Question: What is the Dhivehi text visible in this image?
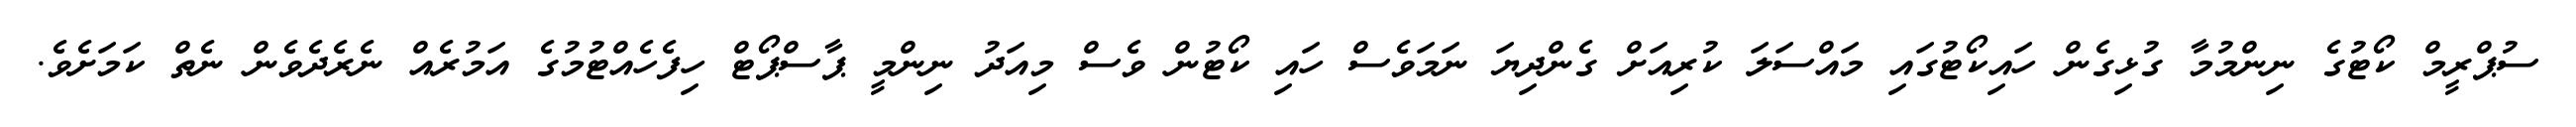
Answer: ސުޕްރީމް ކޯޓުގެ ނިންމުމާ ގުޅިގެން ހައިކޯޓުގައި މައްސަލަ ކުރިއަށް ގެންދިޔަ ނަމަވެސް ހައި ކޯޓުން ވެސް މިއަދު ނިންމީ ޕާސްޕޯޓް ހިފެހެއްޓުމުގެ އަމުރެއް ނެރެދެވެން ނެތް ކަމަށެވެ.